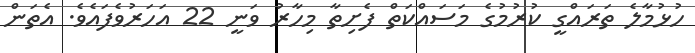
ހުޅުމާލެ ތަރައްގީ ކުރުމުގެ މަސައްކަތް ފެށިތާ މިހާރު ވަނީ 22 އަހަރުވެފައެވެ. އެތަން